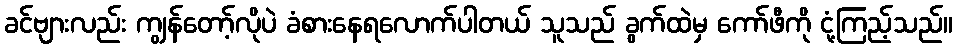
ခင်ဗျားလည်း ကျွန်တော့်လိုပဲ ခံစားနေရလောက်ပါတယ် သူသည် ခွက်ထဲမှ ကော်ဖီကို ငုံ့ကြည့်သည်။